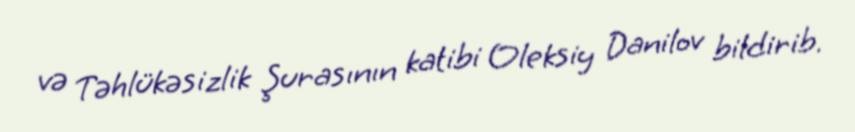
və Təhlükəsizlik Şurasının katibi Oleksiy Danilov bildirib.